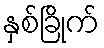
နှစ်ခြိုက်